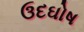
ઉદઘોષ